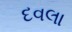
દવલા